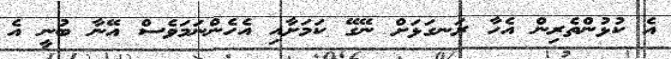
އެ ކުޅުންތެރިން އެހާ ރަނގަޅަށް ނޭގޭ ކަމަށާއި އެހެންނަމަވެސް އޭނާ ބުނީ އެ